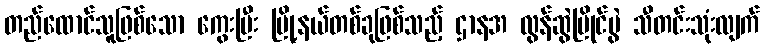
တည်ထောင်သူဖြစ်သော ကွေးပြီး မြို့နယ်တစ်ခုဖြစ်သည့် ဌာနအ လွန်ဆွဲပြိုင်ပွဲ သီတင်းသုံးလျက်